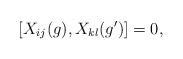
LaTeX: \begin{align*} [X_{ij}(g),X_{kl}(g')]=0, \end{align*}